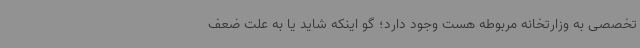
تخصصی به وزارتخانه مربوطه هست وجود دارد؛ گو اینکه شاید یا به علت ضعف